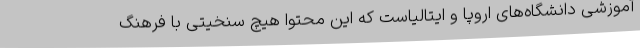
آموزشی دانشگاه‌های اروپا و ایتالیاست که این محتوا هیچ سنخیتی با فرهنگ